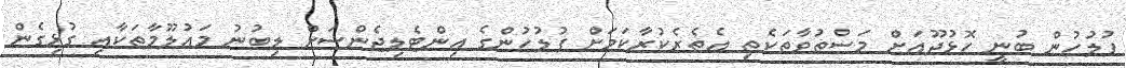
ފުލުހުން ބުނީ ހޮޅުދޫއަށް މަސްތުވާތަކެތި އެތެރެކުރާކަމަށް ފުލުހުންގެ އިންޓެލިޖެންސަށް ލިބުނު މައުލޫމާތަކާއި ގުޅިގެން